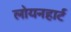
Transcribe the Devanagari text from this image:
लोयनहार्ट